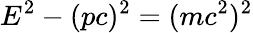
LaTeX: E^{2}-(pc)^{2}=(mc^{2})^{2}